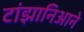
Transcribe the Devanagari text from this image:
टांझानिआने